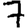
Digit: 7